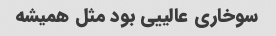
سوخاری عالییی بود مثل همیشه